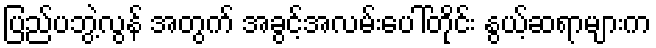
ပြည်ပဘွဲ့လွန် အတွက် အခွင့်အလမ်းပေါ်တိုင်း နွယ့်ဆရာများက